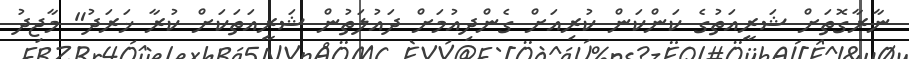
ނާރާގޮތަށް ޝަރީއަތުގެ ކަންކަން ކުރިއަށް ގެންދިއުމަށް ދައުލަތުން ޝަރީއަތަކަށް ކުރާ ޚަރަދު" މާޖިދު